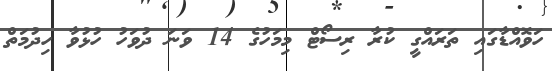
ހަވޮއްޑާގައި ތަަރައްގީ ކުރާ ރިސޯޓް މިމަހުގެ 14 ވަނަ ދުވަހު ހުޅުވާ ހިދުމަތް